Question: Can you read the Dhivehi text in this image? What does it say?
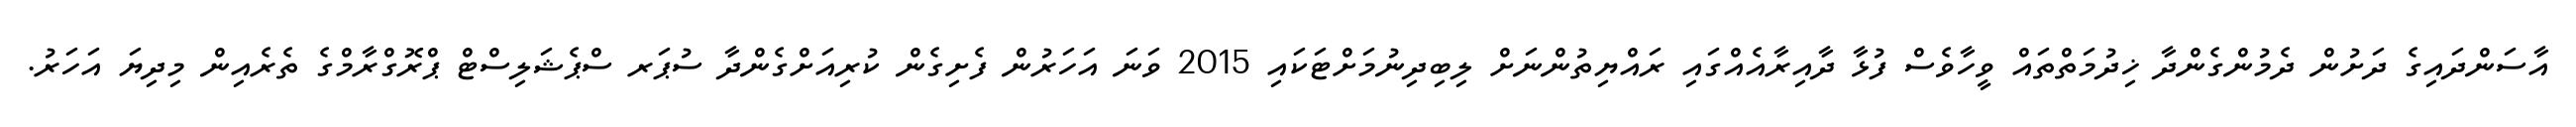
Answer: އާސަންދައިގެ ދަށުން ދެމުންގެންދާ ޚިދުމަތްތައް ވީހާވެސް ފުޅާ ދާއިރާއެއްގައި ރައްޔިތުންނަށް ލިބިދިނުމަށްޓަކައި 2015 ވަނަ އަހަރުން ފެށިގެން ކުރިއަށްގެންދާ ސުޕަރ ސްޕެޝަލިސްޓް ޕްރޮގްރާމްގެ ތެރެއިން މިދިޔަ އަހަރު.